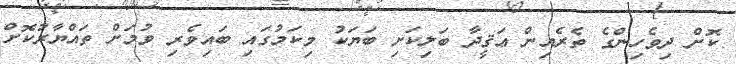
ކޮށް ދިވެހިންގެ ތެރެއިން ޢަޤީދާ ބަލިކަށި ބަޔަކު މިކަމުގައި ބައިވެރި ވުމަށް ތައްޔާރުކޮށް